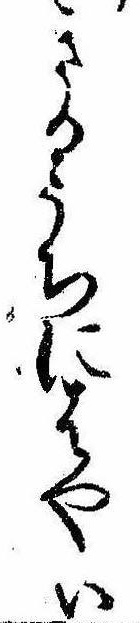
きるうちにはやい